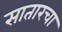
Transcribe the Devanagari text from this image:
सातारचा